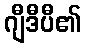
ဂျီဒီပီ၏